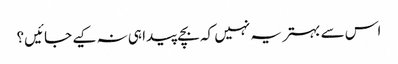
اس سے بہتر یہ نہیں کہ بچے پیدا ہی نہ کیے جائیں؟